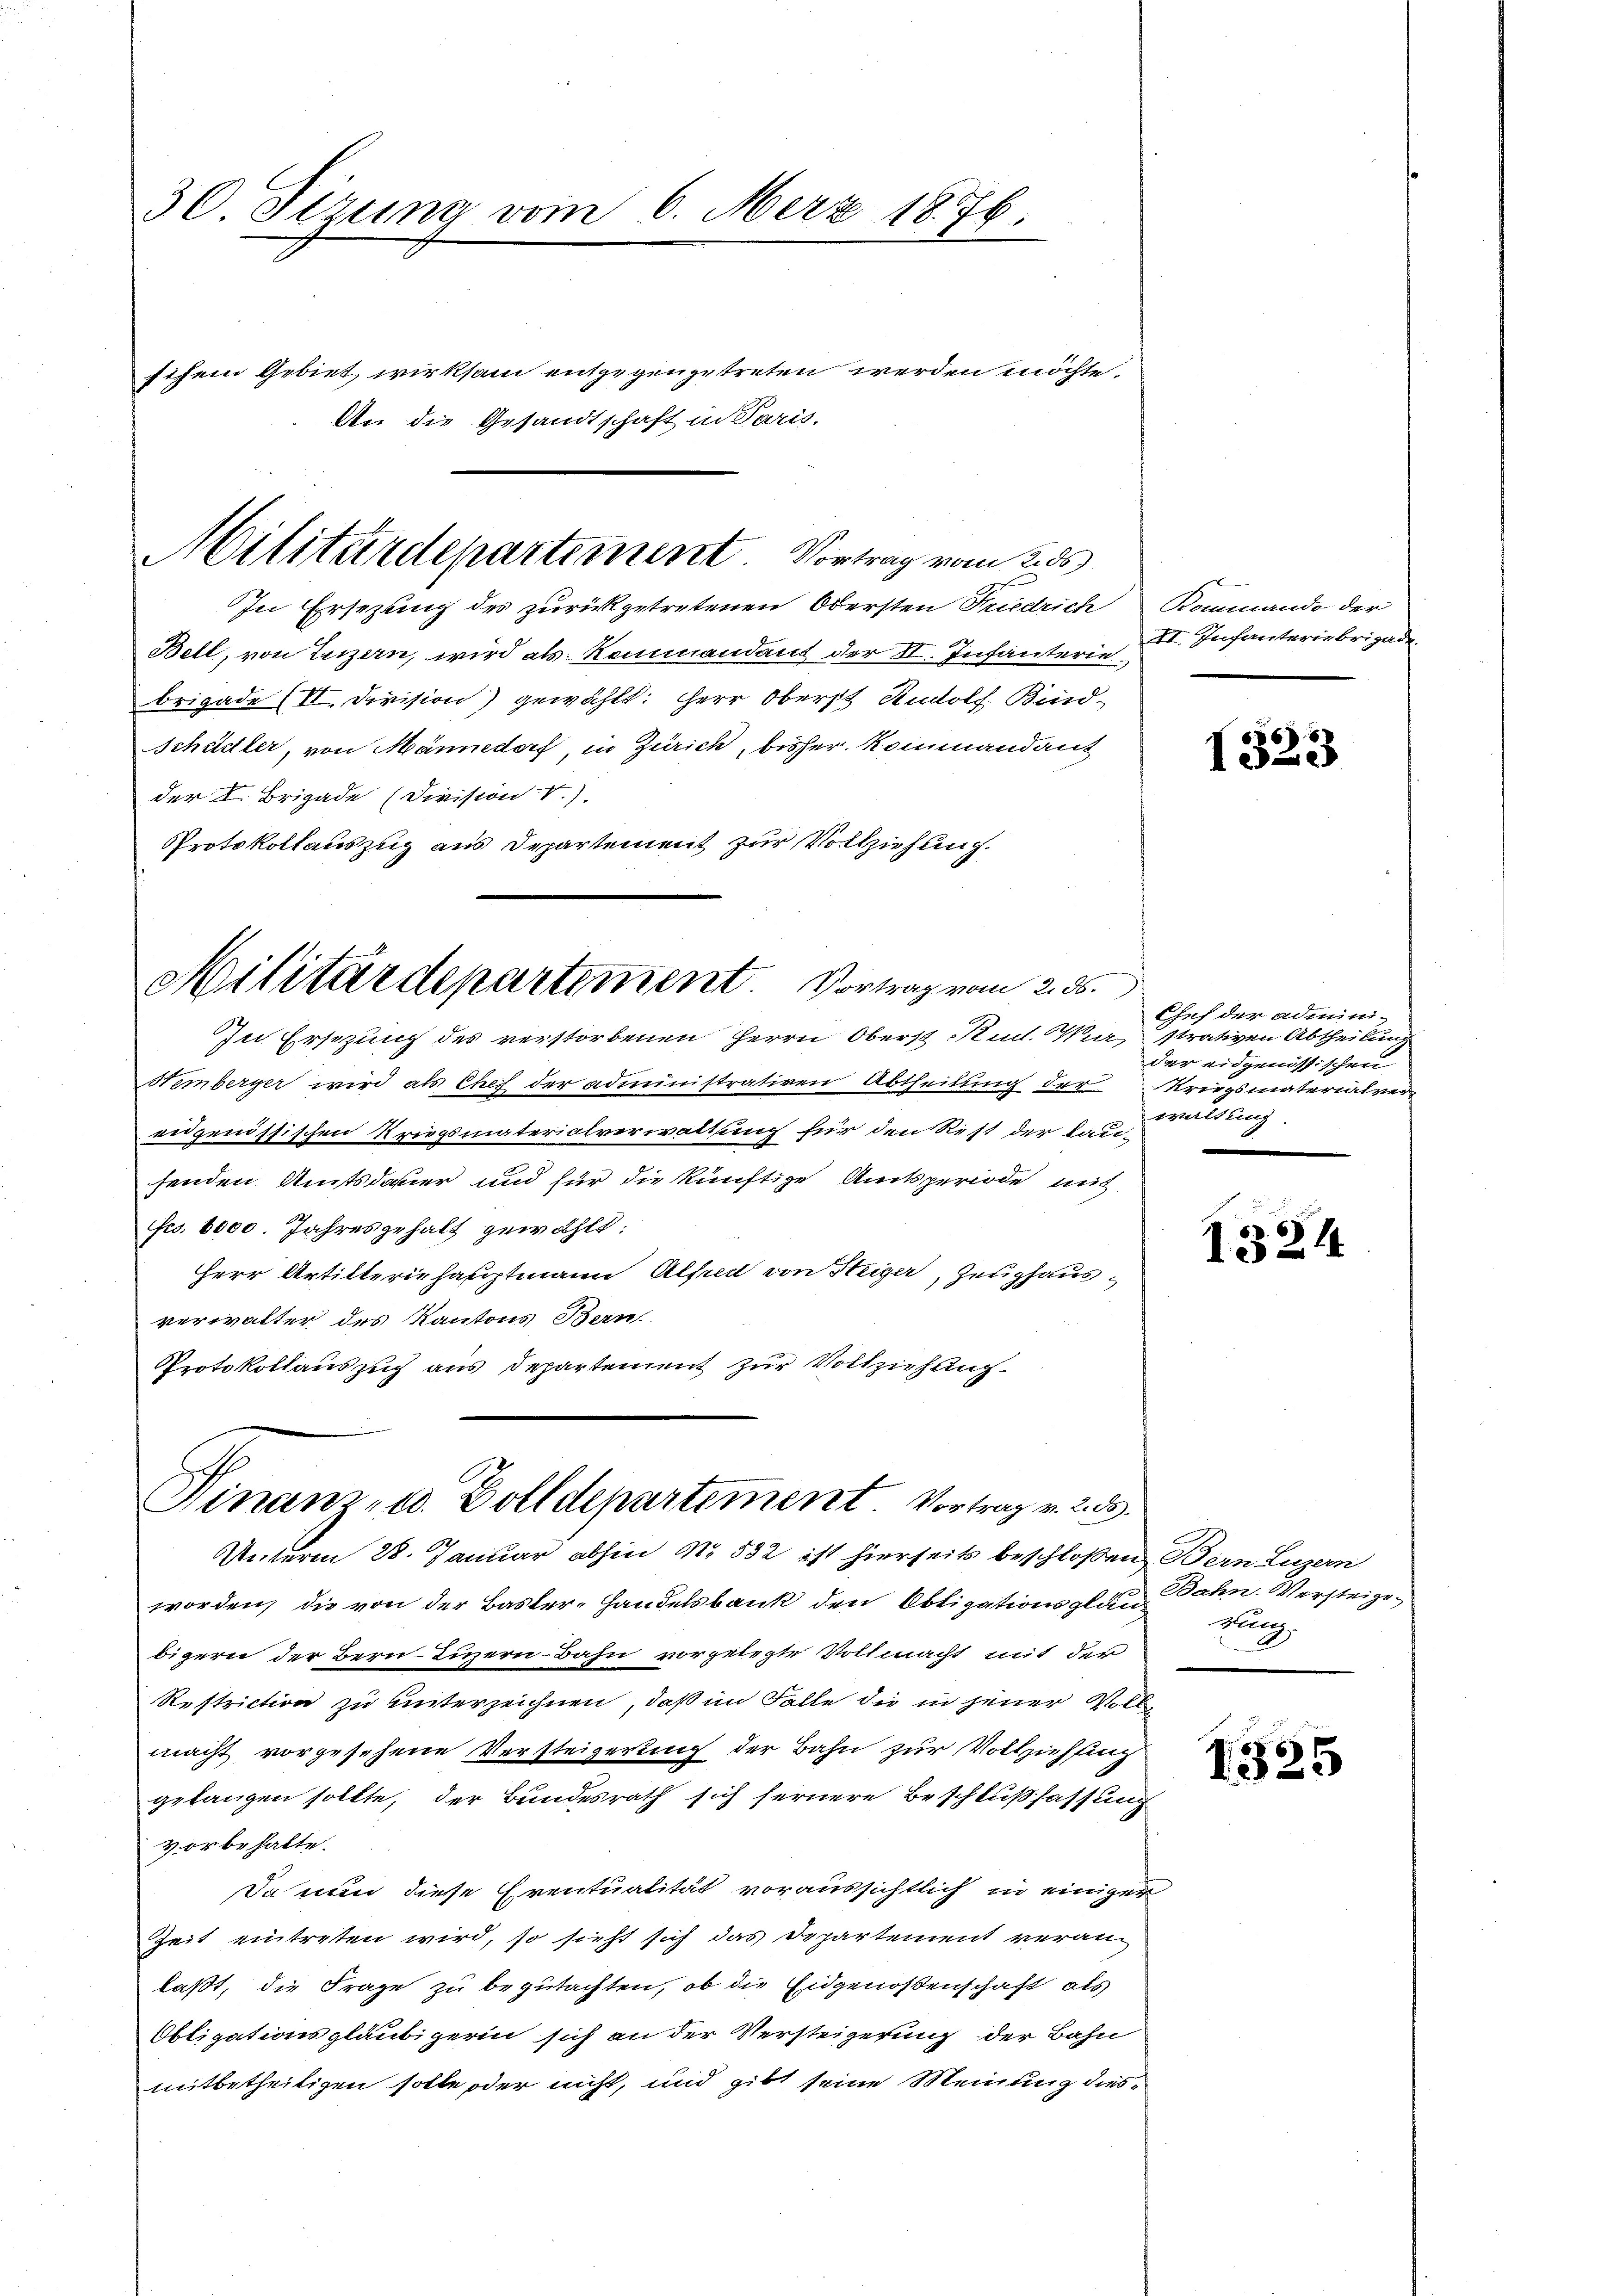
30. Sizung vom 6. Merz 1876.

schem Gebiet wirksam entgegengetreten werden möchte.
An die Gesandtschaft in Paris.

In Ersezung des zurückgetretenen Obersten Friedrich
Bell, von Luzern, wird als Kommandant der II. Infanterie
brigade (II. Division) gewählt: Herr Oberst Rudolf Bind-
Schädler, von Männedorf, in Zürich, bisher Kommandant
der L. Brigade (Division V.).
Protokollauszug aus Departement zur Vollziehung.
In Ersezung des verstorbenen Herrn Oberst Rud. Wir strativen Abtheilung
Hemberger wird als Chef der administrativen Abtheilung der
eidgenössischen Kriegsmaterialverwaltung für den Rest der lau-
fenden Amtsdauer und für die künftige Amtsperiode mit
Fco. 6000. Jahresgehalt gewählt:
Herr Artilteriehauptmann Alfred von Steiger, Zeughausverwalter des Kantons Bern
Protokollauszug aus Departement zur Vollziehung
Finanz- u. Zolldepartement Vortrag v. 2. 55.
Unterm 28. Januar abhin No. 532 ist hierseits beschloßen Bern Luzern
worden, die von der Basler-Handelsbank den Obligationsplän
bigern der Bern-Tuzern Bahn vorgelegte Vollmacht mit der
Restriction zu unterzeichnen, daß im Falle die in jener Volke
macht vorgesehene Versteigerung der Bahn zur Vollziehung
gelangen sollte, der Bundesrath sich fernere Beschlußfassung
vorbehalte.
Da nun diese Eventualität voraussichtlich in einiger
Zeit eintreten wird, so sieht sich das Departement veranlaßt, die Frage zu begutachten, ob die Eidgenoßenschaft als
Obligationsgläubigerin sich an der Versteigerung der Bahn
mitbetheiligen solle oder nicht, und gibt seine Meinung dies¬

Militärdepartement. Vortrag vom 2. ds

Militärdepartement. Vortrag vom 2. 55.

Kommando der
II. Infanteriebrigade.

67
1322

Chef der adminider eidgenössischen
Kriegsmaterialver
waltung

1324

Bahn. Versteige.
Bug.

1325